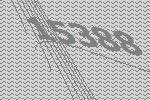
15388